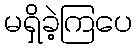
မရှိခဲ့ကြပေ